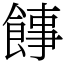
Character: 䭄